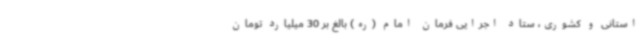
استانی و کشوری، ستاد اجرایی فرمان امام (ره) بالغ بر 30 میلیارد تومان